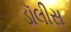
ડૉલીસ